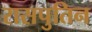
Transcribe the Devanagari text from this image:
रासपुतिन